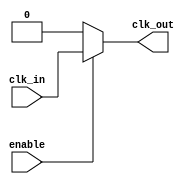
module ClockGating(
    input wire clk_in,
    input wire enable,
    output wire clk_out
);
    assign clk_out = enable ? clk_in : 1'b0; // Gated clock output
endmodule